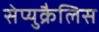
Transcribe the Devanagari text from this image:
सेप्युक्रैलिस